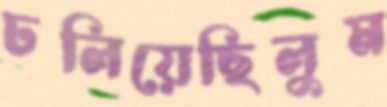
ঢলিয়েছিলুম